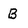
Character: B